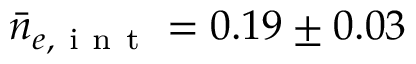
\bar { n } _ { e , \mathrm { ~ i ~ n ~ t ~ } } = 0 . 1 9 \pm 0 . 0 3